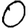
Digit: 0